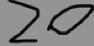
2 0